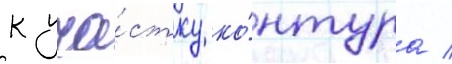
к уча́стку ко́нтура /